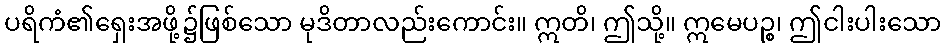
ပရိကံ၏ရှေးအဖို့၌ဖြစ်သော မုဒိတာလည်းကောင်း။ ဣတိ၊ ဤသို့။ ဣမေပဉ္စ၊ ဤငါးပါးသော